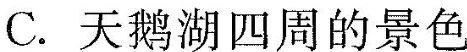
C.天湖四周的景色